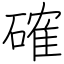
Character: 確